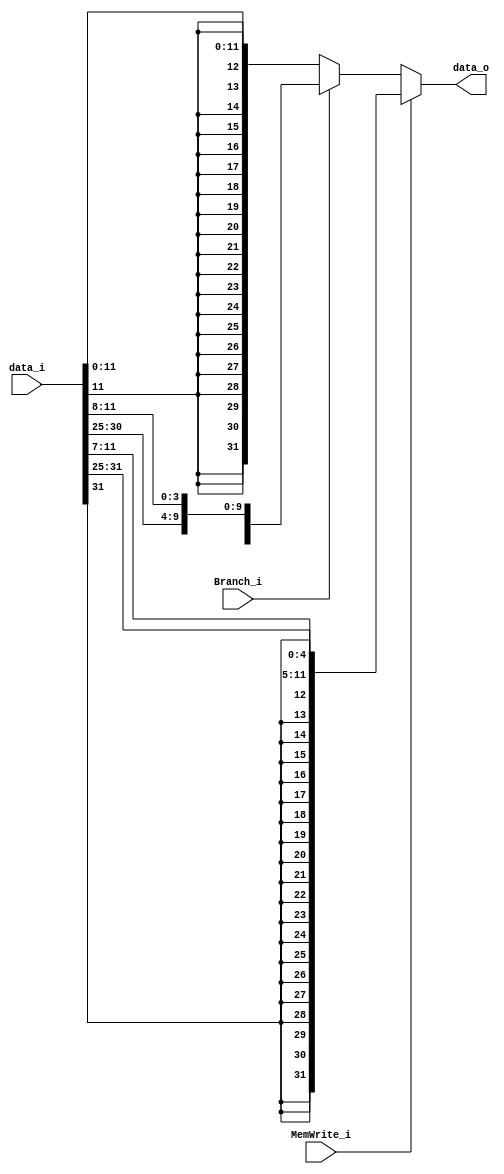
module Sign_Extend(
    data_i,	
    MemWrite_i,
    Branch_i,
    data_o	  
);

// Ports
input 	[31:0] 		data_i;
input MemWrite_i, Branch_i;

output 	[31:0] 		data_o;

reg 	[31:0] 		data_o;

always @ (data_i or MemWrite_i or Branch_i) begin
	// Store
	if (MemWrite_i) begin
		data_o = $signed({{20{data_i[31]}},data_i[31:25],data_i[11:7]});
	end

	// Branch
	else if (Branch_i) begin
		data_o = $signed({{20{data_i[31]}},data_i[31],data_i[7],data_i[30:25],data_i[11:8]});
	end
	// ADDI SRAI LW
	else begin
		data_o = $signed({{20{data_i[11]}},data_i[11:0]});
	end
end

	
endmodule